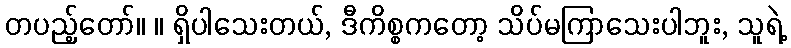
တပည့်တော်။ ။ ရှိပါသေးတယ်, ဒီကိစ္စကတော့ သိပ်မကြာသေးပါဘူး, သူရဲ့